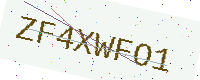
Text: ZF4XWFO1